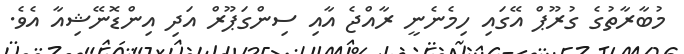
މުބާރާތުގެ ގުރޫޕް އޭގައި ހިމެނެނީ ރާއްޖެ އާއި ސިންގަޕޫރް އަދި އިންޑޮނޭޝިއާ އެވެ.